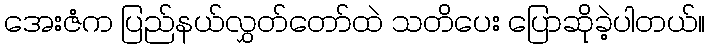
အေးဇံက ပြည်နယ်လွှတ်တော်ထဲ သတိပေး ပြောဆိုခဲ့ပါတယ်။